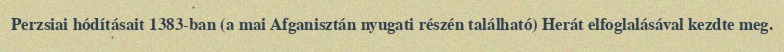
Perzsiai hódításait 1383-ban (a mai Afganisztán nyugati részén található) Herát elfoglalásával kezdte meg.